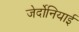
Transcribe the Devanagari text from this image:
जेर्दोनियाई